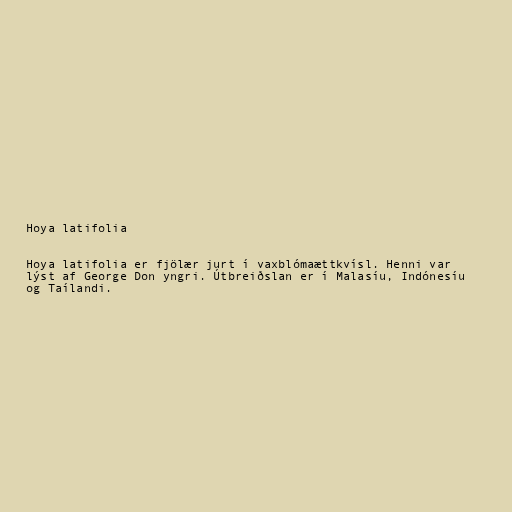
Hoya latifolia

Hoya latifolia er fjölær jurt í vaxblómaættkvísl. Henni var
lýst af George Don yngri. Útbreiðslan er í Malasíu, Indónesíu
og Taílandi.